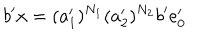
LaTeX: b ^ { \prime } x = ( a _ { 1 } ^ { \prime } ) ^ { N _ { 1 } } ( a _ { 2 } ^ { \prime } ) ^ { N _ { 2 } } b ^ { \prime } e _ { 0 } ^ { \prime }